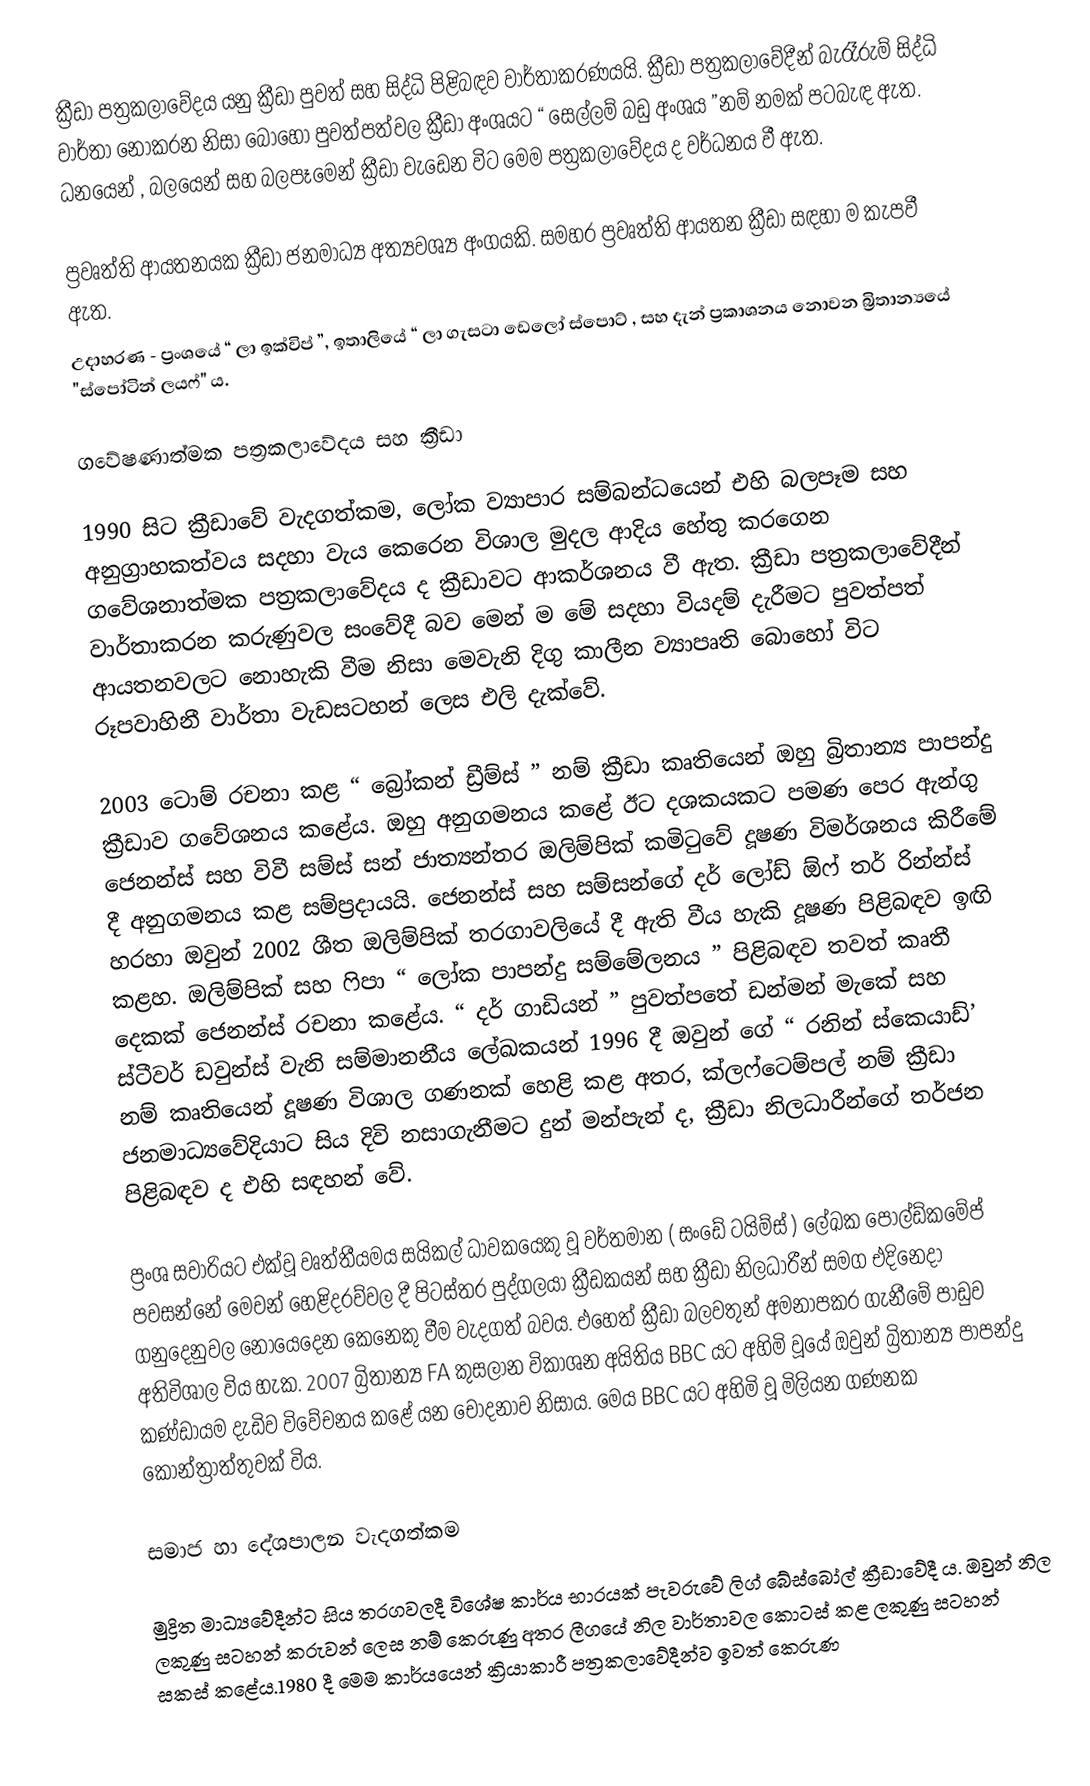
ක්‍රීඩා පත්‍රකලාවේදය යනු ක්‍රීඩා පුවත් සහ සිද්ධි පිළිබඳව වාර්තාකරණයයි. ක්‍රීඩා පත්‍රකලාවේදීන් බැරෑරුම් සිද්ධි වාර්තා නොකරන නිසා බොහෝ පුවත්පත්වල ක්‍රීඩා අංශයට “ සෙල්ලම් බඩු අංශය ”නම් නමක් පටබැඳ ඇත. ධනයෙන් , බලයෙන් සහ බලපෑමෙන් ක්‍රීඩා වැඩෙන විට මෙම පත්‍රකලාවේදය ද වර්ධනය වී ඇත.

ප්‍රවෘත්ති ආයතනයක ක්‍රීඩා ජනමාධ්‍ය අත්‍යවශ්‍ය අංගයකි. සමහර ප්‍රවෘත්ති ආයතන ක්‍රීඩා සඳහා ම කැපවී ඇත.
උදාහරණ - ප්‍රංශයේ “ ලා ඉක්විප් ”, ඉතාලියේ “ ලා ගැසටා ඩෙලෝ ස්පොට් , සහ දැන් ප්‍රකාශනය නොවන බ්‍රිතාන්‍යයේ "ස්පෝටින් ලයෆ්" ය.

ගවේෂණාත්මක පත්‍රකලාවේදය සහ ක්‍රීඩා

1990 සිට ක්‍රීඩාවේ වැදගත්කම, ලෝක ව්‍යාපාර සම්බන්ධයෙන් එහි බලපෑම සහ අනුග්‍රාහකත්වය සදහා වැය කෙරෙන විශාල මුදල ආදිය හේතු කරගෙන ගවේශනාත්මක පත්‍රකලාවේදය ද ක්‍රීඩාවට ආකර්ශනය වී ඇත. ක්‍රීඩා පත්‍රකලාවේදීන් වාර්තාකරන කරුණුවල සංවේදී බව මෙන් ම මේ සදහා වියදම් දැරීමට පුවත්පත් ආයතනවලට නොහැකි වීම නිසා මෙවැනි දිගු කාලීන ව්‍යාපෘති බොහෝ විට රූපවාහිනී වාර්තා වැඩසටහන් ලෙස එලි දැක්වේ.

2003 ටොම් රචනා කළ “  බ්‍රෝකන් ඩ්‍රීම්ස් ” නම් ක්‍රීඩා කෘතියෙන් ඔහු බ්‍රිතාන්‍ය පාපන්දු ක්‍රීඩාව ගවේශනය කළේය. ඔහු අනුගමනය කළේ ඊට දශකයකට පමණ පෙර ඇන්ගු ජෙනන්ස් සහ විවී සම්ස් සන් ජාත්‍යන්තර ඔලිම්පික් කමිටුවේ දූෂණ විමර්ශනය කිරීමේ දී අනුගමනය කළ සම්ප්‍රදායයි. ජෙනන්ස් සහ සම්සන්ගේ දර් ලෝඩ් ඕෆ් තර් රින්න්ස් හරහා ඔවුන් 2002  ශීත ඔලිම්පික් තරගාවලියේ දී ඇති වීය හැකි දූෂණ පිළිබඳව ඉඟි කළහ. ඔලිම්පික් සහ  ෆිපා “ ලෝක පාපන්දු සම්මේලනය ” පිළිබඳව තවත් කෘතී දෙකක් ජෙනන්ස් රචනා කළේය. “ දර් ගාඩියන් ” පුවත්පතේ ඩන්මන් මැකේ සහ ස්ටීවර් ඩවුන්ස් වැනි සම්මානනීය ලේඛකයන් 1996 දී ඔවුන් ගේ “ රනින් ස්කෙයාඩ්’ නම් කෘතියෙන් දූෂණ විශාල ගණනක් හෙළි කළ අතර, ක්ලෆ්ටෙම්පල් නම් ක්‍රීඩා ජනමාධ්‍යවේදියාට සිය දිවි නසාගැනීමට දුන් මන්පැන් ද, ක්‍රීඩා නිලධාරීන්ගේ තර්ජන පිළිබඳව ද එහි සඳහන් වේ.

ප්‍රංශ සවාරියට එක්වූ වෘත්තීයමය සයිකල් ධාවකයෙකු වූ වර්තමාන ( සංඩේ ටයිම්ස් ) ලේඛක පෝල්ඩ්කමේප් පවසන්නේ මෙවන් හෙළිදරව්වල දී පිටස්තර පුද්ගලයා ක්‍රීඩකයන් සහ ක්‍රීඩා නිලධාරීන් සමග එදිනෙදා ගනුදෙනුවල නොයෙදෙන කෙනෙකු වීම වැදගත් බවය. එහෙත් ක්‍රීඩා බලවතුන් අමනාපකර ගැනීමේ පාඩුව අතිවිශාල විය හැක. 2007 බ්‍රිතාන්‍ය FA කුසලාන විකාශන අයිතිය BBC යට අහිමි වූයේ ඔවුන් බ්‍රිතාන්‍ය පාපන්දු කණ්ඩායම දැඩිව විවේචනය කළේ යන චෝදනාව නිසාය. මෙය BBC යට අහිමි වූ මිලියන ගණනක කොන්ත්‍රාත්තුවක් විය.

සමාජ හා දේශපාලන වැදගත්කම

මුද්‍රිත මාධ්‍යවේදීන්ට සිය තරගවලදී විශේෂ කාර්ය භාරයක් පැවරුවේ ලිග් බේස්බෝල් ක්‍රීඩාවේදී ය. ඔවුන් නිල ලකුණු සටහන් කරුවන් ලෙස නම් කෙරුණු අතර ලීගයේ නිල වාර්තාවල කොටස් කළ ලකුණු සටහන් සකස් කළේය.1980 දී මෙම කාර්යයෙන් ක්‍රියාකාරී පත්‍රකලාවේදීන්ව ඉවත් කෙරුණ